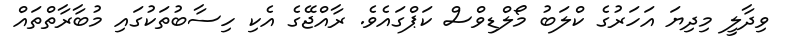
ވިދާލީ މިދިޔަ އަހަރުގެ ކްލަބު މޯލްޑިވްސް ކަޕްގައެވެ. ރާއްޖޭގެ އެކި ހިސާބުތަކުގައި މުބާރާތްތައް